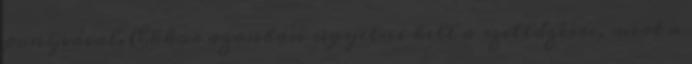
ponyvával. Ekkor azonban ügyelni kell a szellőzésre, mert a